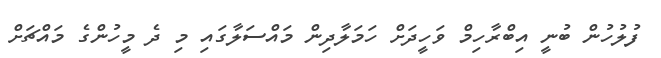
ފުލުހުން ބުނީ އިބްރާހިމް ވަހީދަށް ހަމަލާދިން މައްސަލާގައި މި ދެ މީހުންގެ މައްޗަށް